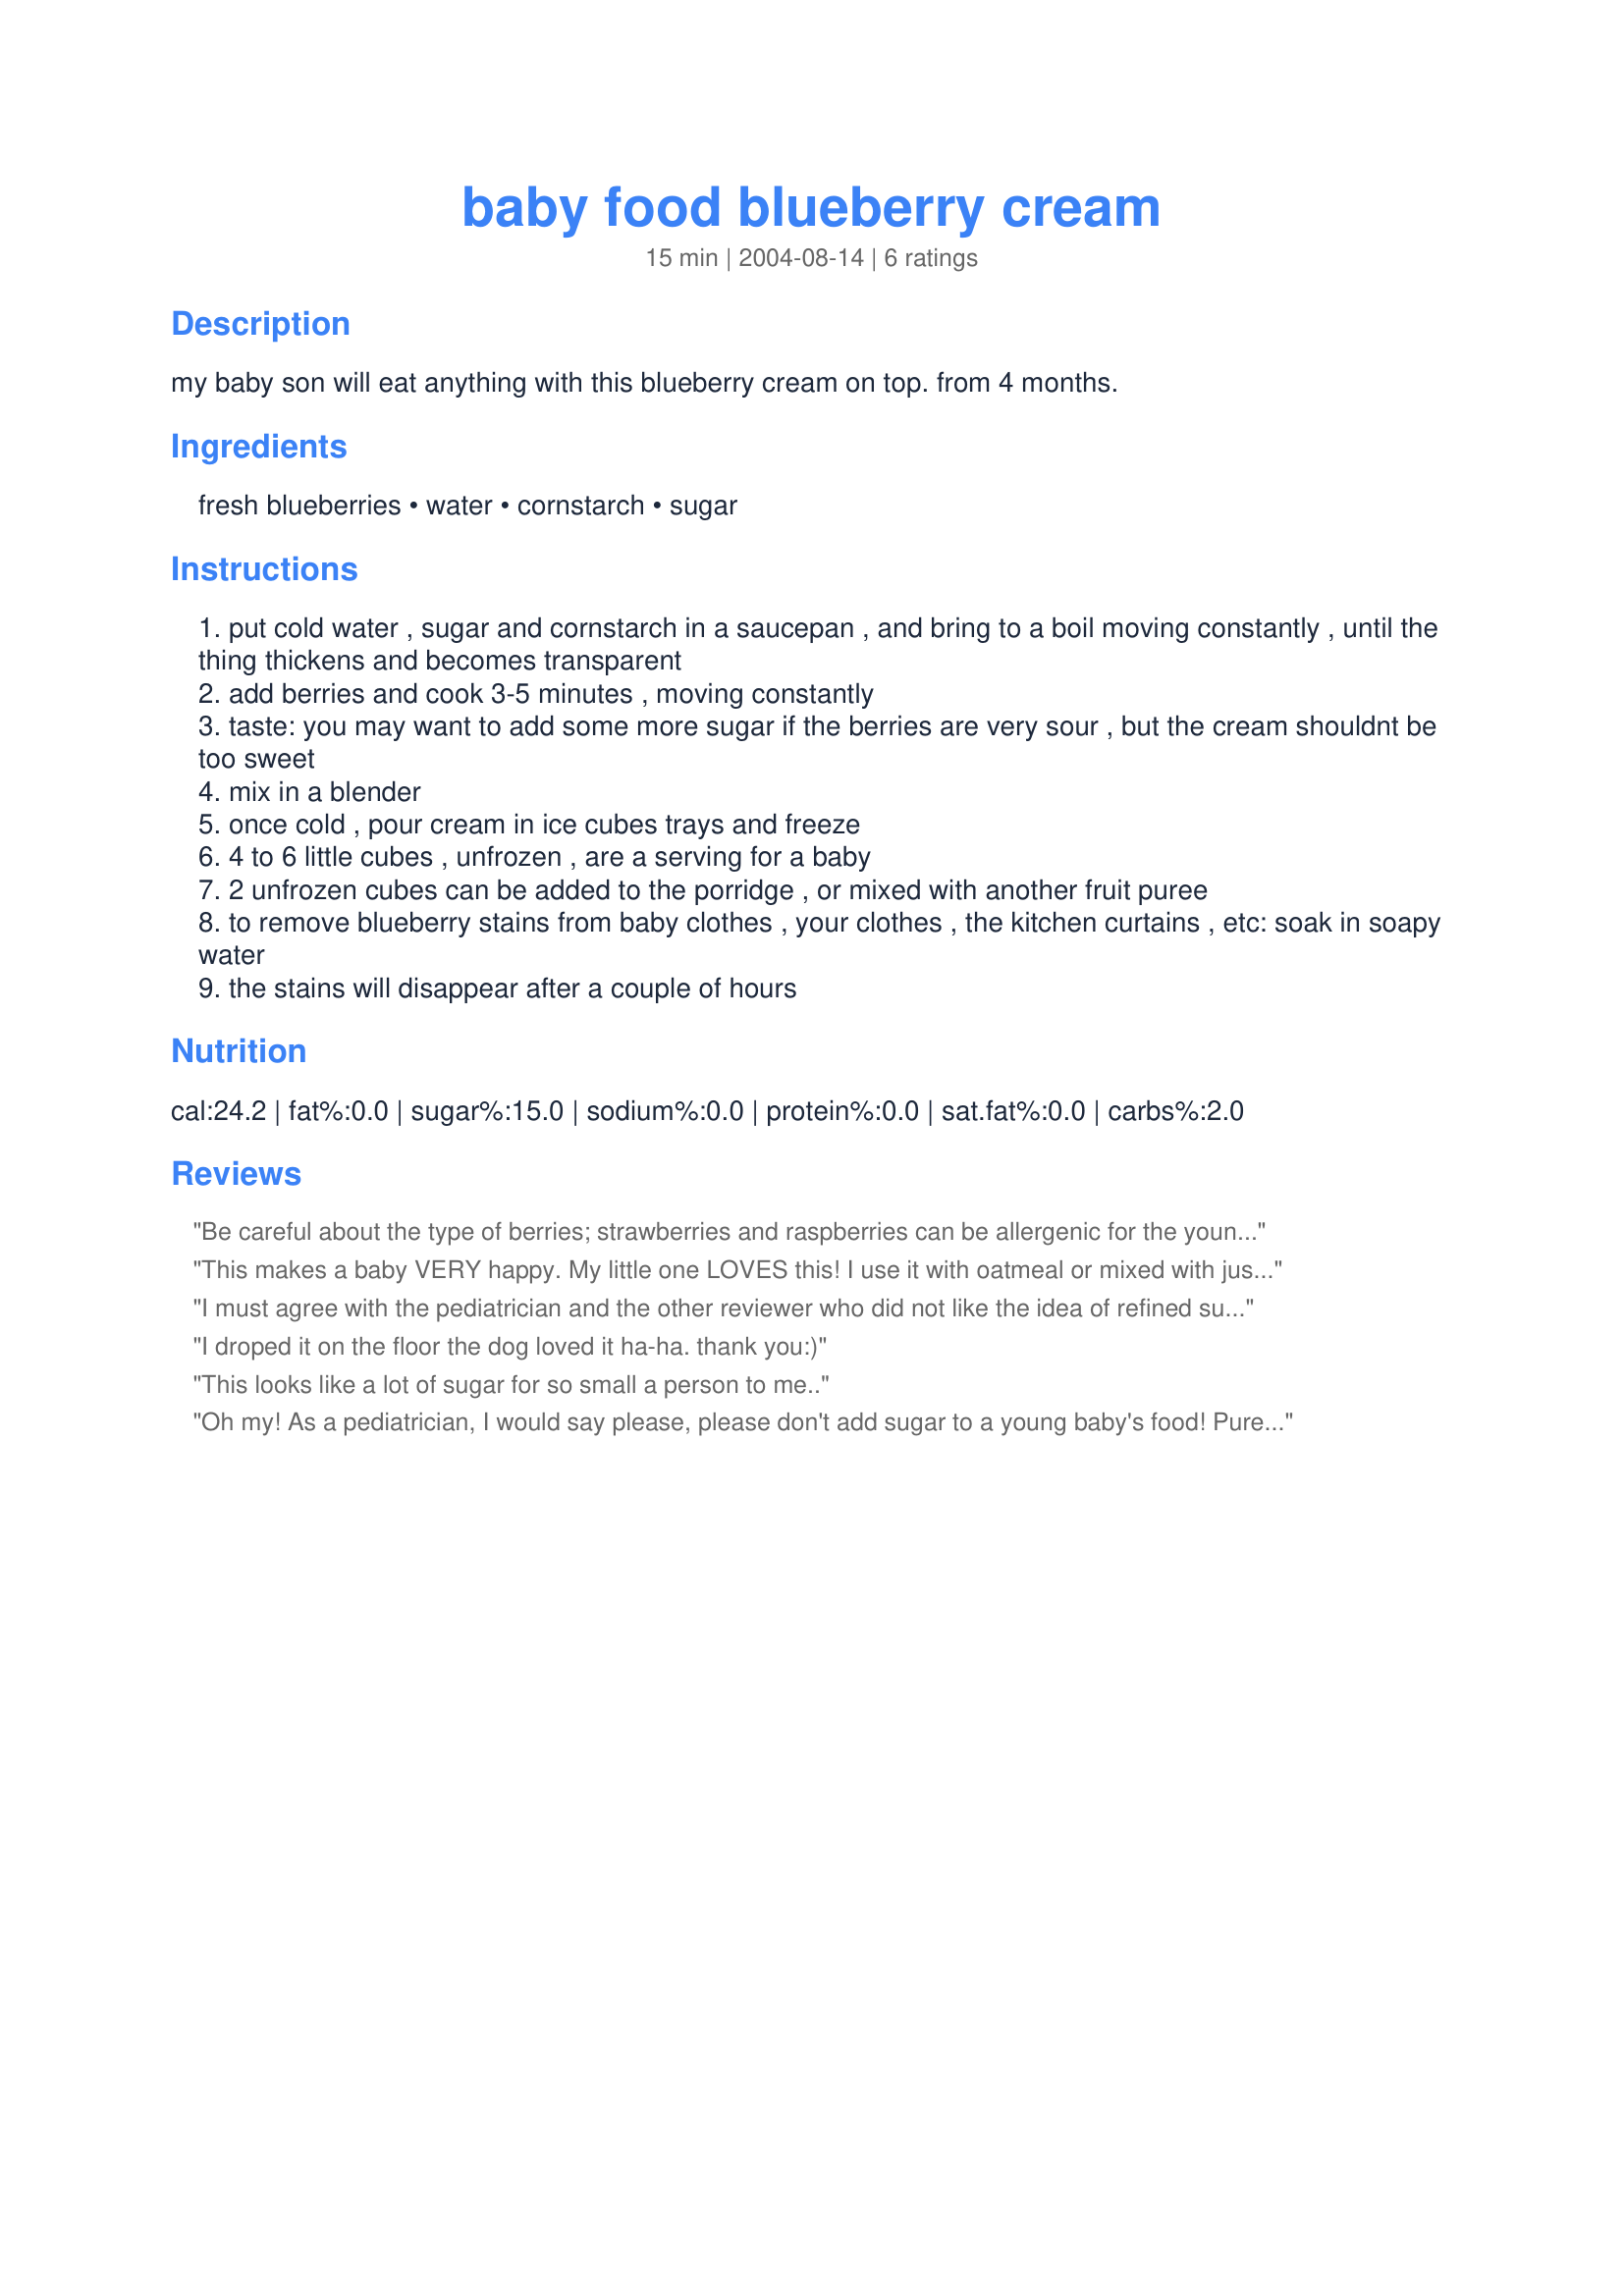
baby food blueberry cream
Preparation time: 15 minutes

my baby son will eat anything with this blueberry cream on top. from 4 months.

Ingredients:
fresh blueberries, water, cornstarch, sugar

Steps:
put cold water , sugar and cornstarch in a saucepan , and bring to a boil moving constantly , until the thing thickens and becomes transparent
add berries and cook 3-5 minutes , moving constantly
taste: you may want to add some more sugar if the berries are very sour , but the cream shouldnt be too sweet
mix in a blender
once cold , pour cream in ice cubes trays and freeze
4 to 6 little cubes , unfrozen , are a serving for a baby
2 unfrozen cubes can be added to the porridge , or mixed with another fruit puree
to remove blueberry stains from baby clothes , your clothes , the kitchen curtains , etc: soak in soapy water
the stains will disappear after a couple of hours

Reviews:
Be careful about the type of berries; strawberries and raspberries can be allergenic for the younger babes.
This makes a baby VERY happy. My little one LOVES this! I use it with oatmeal or mixed with just fruit after dinner for a real treat! FAB-O!
I must agree with the pediatrician and the other reviewer who did not like the idea of refined sugar for a baby. I don&#039;t mean to preach (though I suppose I am)---but in our society, children will face plenty of challenges to stay trim and fit, without creating a craving for sugar so early on. Obesity has become a byword of our culture, and it&#039;s starting earlier and earlier. And then, the tooth-decay factor! There&#039;s absolutely no nutritional reason to add refined sugar, and so many other ways to get a sweet taste. Fresh fruit? No substitute!
I droped it on the floor the dog loved it ha-ha.
 thank you:)
This looks like a lot of sugar for so small a person to me..
Oh my! As a pediatrician, I would say please, please don't add sugar to a young baby's food! Pureeing the fruit (usually after cooking in a little bit of water) then adding a little bit of the cooking water, formula or breast milk is all that is needed. But homemade baby foods are a lot of fun and so easy to do!
